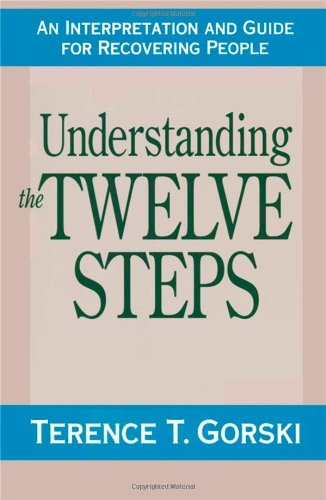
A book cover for Understanding the Twelve Steps: An Interpretation and Guide for Recovering; Terence T. Gorski; Health, Fitness & Dieting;